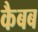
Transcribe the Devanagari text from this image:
कैबब